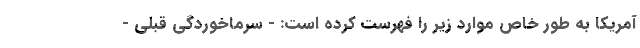
آمریکا به طور خاص موارد زیر را فهرست کرده است: - سرماخوردگی قبلی -